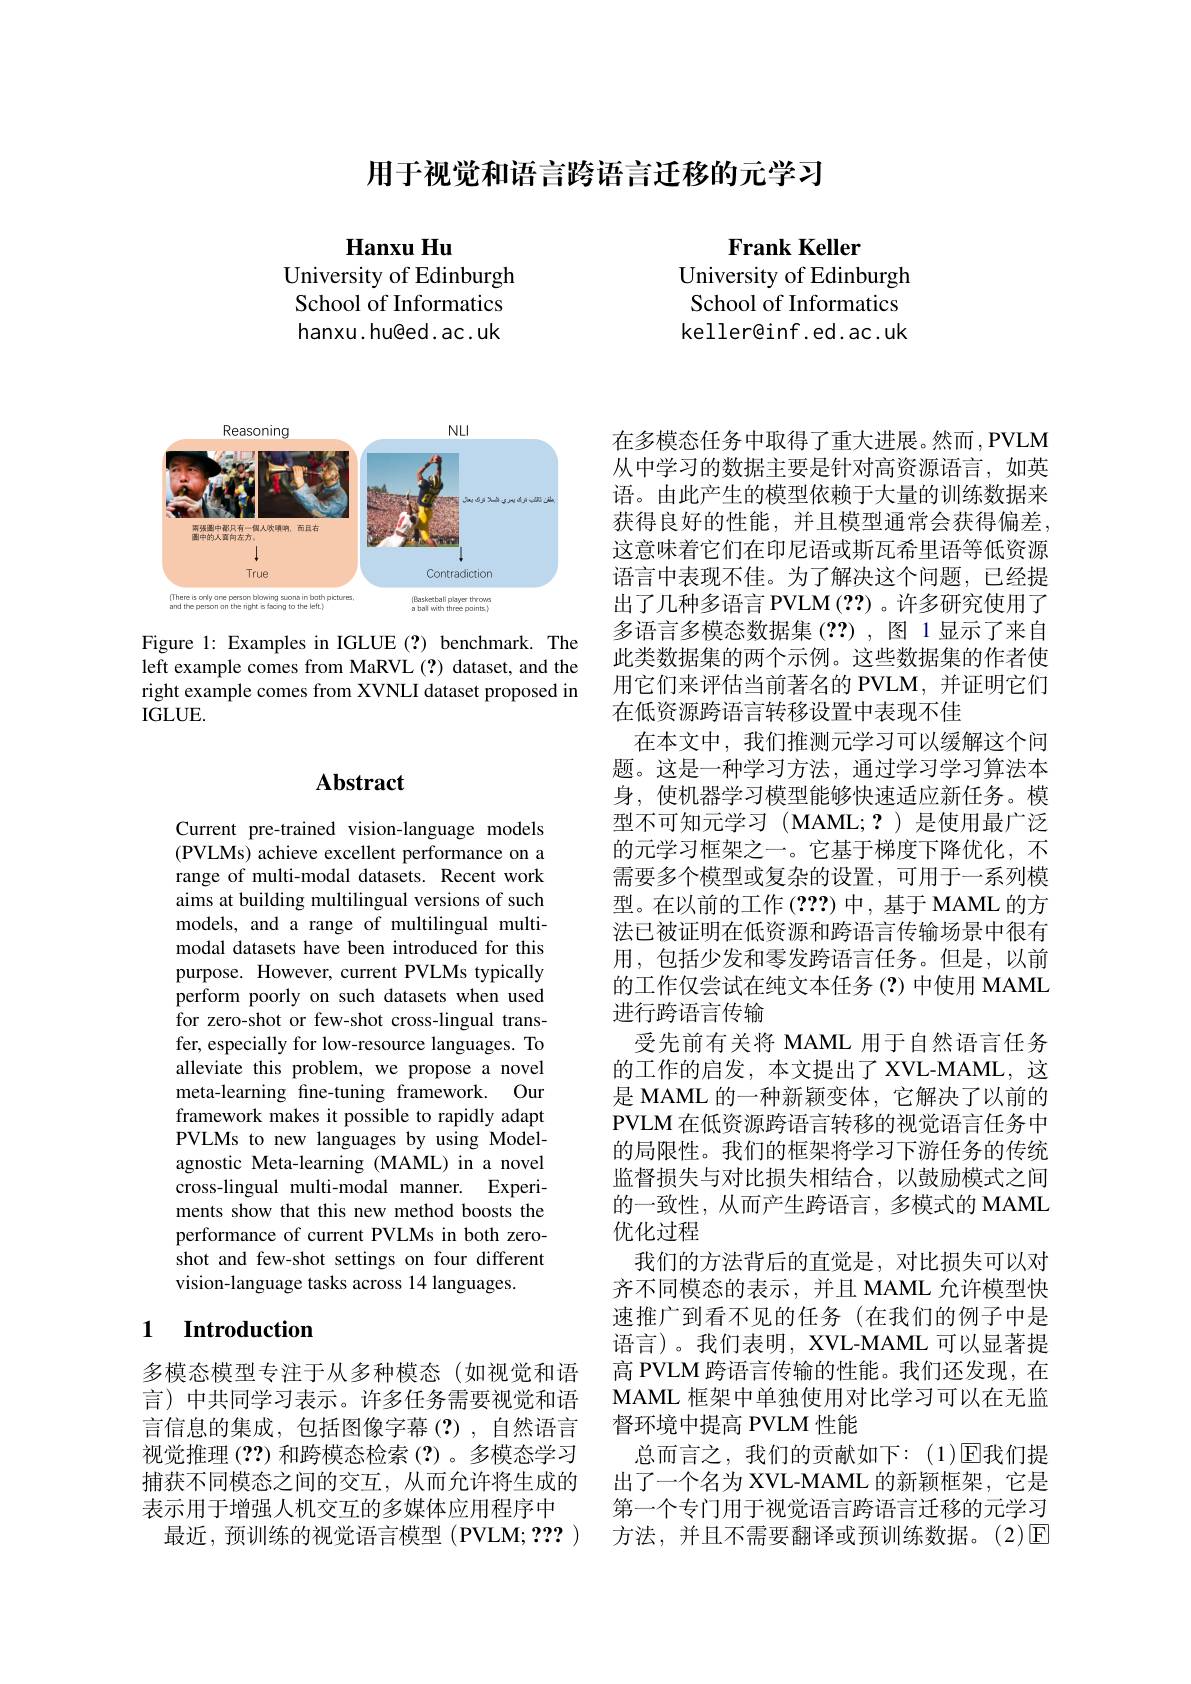
用于视觉和语言跨语言迁移的元学习

$\textbf{Hanxu Hu}$
University of Edinburgh School of Informatics hanxu. hu@ed. ac. uk

Frank Keller
University of Edinburgh School of Informatics keller@inf.ed.ac.uk

<FigureHere>

Figure 1: Examples in IGLUE(?) benchmark. The left example comes from MaRVL (?) dataset, and the right example comes from XVNLI dataset proposed in $IGLUE.$

# Abstract

Current pre-trained vision-language models (PVLMs) achieve excellent performance on a range of multi-modal datasets. Recent work aims at building multilingual versions of such models, and a range of multilingual multimodal datasets have been introduced for this purpose. However, current PVLMs typically perform poorly on such datasets when used for zero-shot or few-shot cross-lingual transfer, especially for low-resource languages. To alleviate this problem, we propose a novel meta-learning fine-tuning framework. Our framework makes it possible to rapidly adapt PVLMs to new languages by using Modelagnostic Meta-learning (MAML) in a novel cross-lingual multi-modal manner. Experiments show that this new method boosts the performance of current PVLMs in both zeroshot and few-shot settings on four different vision-language tasks across 14 languages.

## 1 $\textbf{Introduction}$

多模态模型专注于从多种模态(如视觉和语言)中共同学习表示。许多任务需要视觉和语言信息的集成，包括图像字幕(?),自然语言视觉推理(??)和跨模态检索(?)。多模态学习捕获不同模态之间的交互，从而允许将生成的表示用于增强人机交互的多媒体应用程序中
最近，预训练的视觉语言模型(PVLM; ???)

在多模态任务中取得了重大进展。然而，PVLM 从中学习的数据主要是针对高资源语言，如英语。由此产生的模型依赖于大量的训练数据来获得良好的性能，并且模型通常会获得偏差， 这意味着它们在印尼语或斯瓦希里语等低资源语言中表现不佳。为了解决这个问题，已经提出了几种多语言 PVLM(??)。许多研究使用了多语言多模态数据集(??),图 1显示了来自此类数据集的两个示例。这些数据集的作者使用它们来评估当前著名的 PVLM,并证明它们在低资源跨语言转移设置中表现不佳
在本文中，我们推测元学习可以缓解这个问题。这是一种学习方法，通过学习学习算法本身，使机器学习模型能够快速适应新任务。模型不可知元学习(MAML;?)是使用最广泛的元学习框架之一。它基于梯度下降优化，不需要多个模型或复杂的设置，可用于一系列模型。在以前的工作(2??)中，基于MAML 的方法已被证明在低资源和跨语言传输场景中很有用，包括少发和零发跨语言任务。但是，以前的工作仅尝试在纯文本任务(?)中使用 MAML 进行跨语言传输
受先前有关将 MAML 用于自然语言任务的工作的启发，本文提出了 XVL-MAML, 这是 MAML 的一种新颖变体，它解决了以前的PVLM 在低资源跨语言转移的视觉语言任务中的局限性。我们的框架将学习下游任务的传统监督损失与对比损失相结合，以鼓励模式之间的一致性，从而产生跨语言，多模式的 MAML 优化过程
我们的方法背后的直觉是，对比损失可以对齐不同模态的表示，并且 MAML 允许模型快速推广到看不见的任务(在我们的例子中是语言)。我们表明，XVL-MAML 可以显著提高 PVLM 跨语言传输的性能。我们还发现，在MAML 框架中单独使用对比学习可以在无监督环境中提高 PVLM 性能
总而言之，我们的贡献如下：(1)$\overline{\mathrm{E}}$我们提出了一个名为 XVL-MAML 的新颖框架，它是第一个专门用于视觉语言跨语言迁移的元学习方法，并且不需要翻译或预训练数据。(2)回